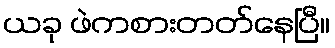
ယခု ဖဲကစားတတ်နေပြီ။